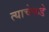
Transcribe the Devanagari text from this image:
त्याचेकडे